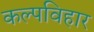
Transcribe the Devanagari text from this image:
कल्पविहार